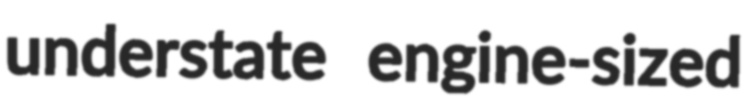
understate engine-sized